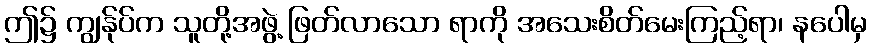
ဤ၌ ကျွန်ုပ်က သူတို့အဖွဲ့ ဖြတ်လာသော ရာကို အသေးစိတ်မေးကြည့်ရာ၊ နပေါမှ